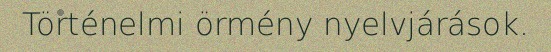
Történelmi örmény nyelvjárások.